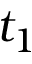
t _ { 1 }